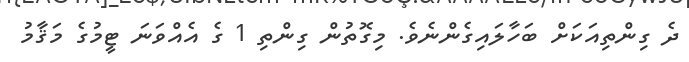
ދެ ގިންތިއަކަށް ބަހާލައިގެންނެވެ. މިގޮތުން ގިންތި 1 ގެ އެއްވަނަ ޓީމުގެ މަޤާމު